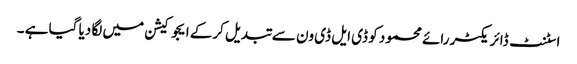
اسٹنٹ ڈائریکٹر رائے محمود کو ڈی ایل ڈی ون سے تبدیل کرکے ایجوکیشن میں لگا دیا گیا ہے ۔